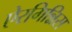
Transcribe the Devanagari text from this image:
ऐरगिन्निस